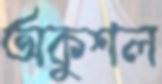
অকুশল